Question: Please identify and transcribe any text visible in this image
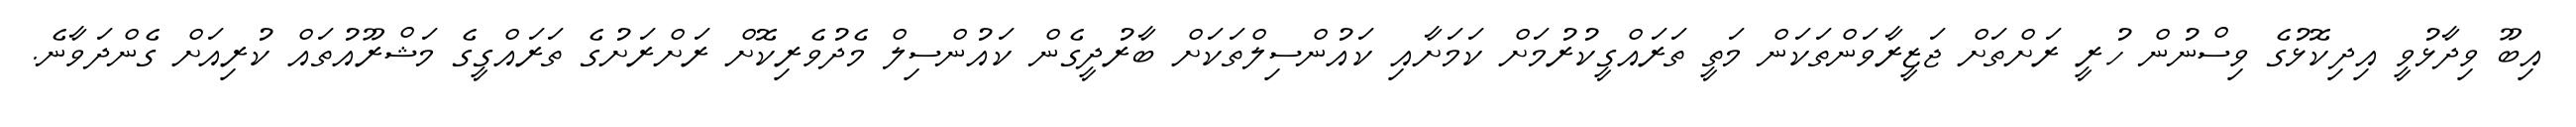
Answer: އިބޫ ވިދާޅުވީ އިދިކޮޅުގެ ވިސްނުން ހުރީ ރަށްތަށް ޖަޒީރާވަންތަކަން މަތީ ތަރައްގީކުރުމަށް ކަމަށާއި ކައުންސިލްތަކަށް ބާރުދީގެން ކައުންސިލް މެދުވެރިކޮށް ރަށްރަށުގެ ތަރައްގީގެ މަޝްރޫއުތައް ކުރިއަށް ގެންދަވާނެ.